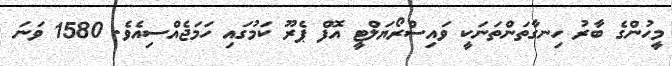
މީހުންގެ ބާރު ހިނގާތަންތަނަކީ ވައިސްރޯޔަލްޓީ އޮފް ޕެރޫ ކަމުގައި ހަމަޖެއްސިއެވެ. 1580 ވަނަ